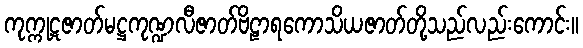
ကုက္ကုဋဇာတ်မဋ္ဌကုဏ္ဍလီဇာတ်ဗိဠာရကောသိယဇာတ်တို့သည်လည်းကောင်း။